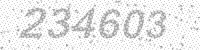
Solution: 234603